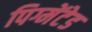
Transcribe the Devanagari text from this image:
पिग्मेंटेड